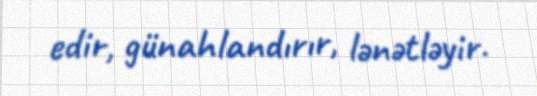
edir, günahlandırır, lənətləyir.